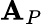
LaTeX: \mathbf{A}_{P}